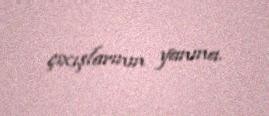
çıxışlarının yanına.